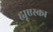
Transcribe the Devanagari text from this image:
ह्यूएस्का